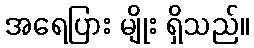
အရေပြား မျိုး ရှိသည်။